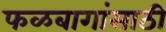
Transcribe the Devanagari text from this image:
फळबागांसाठी